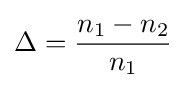
\Delta ={n_{1}-n_{2} \over n_{1}}